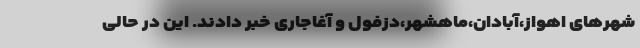
شهرهای اهواز،آبادان،ماهشهر،دزفول و آغاجاری خبر دادند. این در حالی